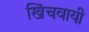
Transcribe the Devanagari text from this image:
खिंचवायी